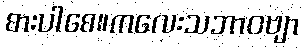
စားပါစေ။ကလေးသဘာဝဗျာ